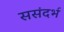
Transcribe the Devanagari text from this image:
ससंदर्भ